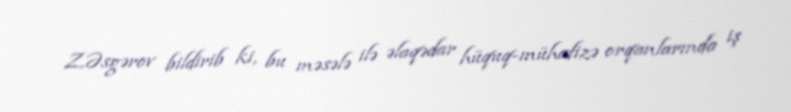
Z.Əsgərov bildirib ki, bu məsələ ilə əlaqədar hüquq-mühafizə orqanlarında iş